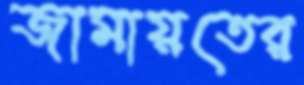
জামায়তের